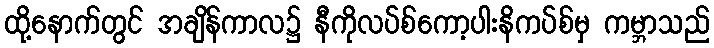
ထို့နောက်တွင် အချိန်ကာလ၌ နီကိုလပ်စ်ကော့ပါးနိကပ်စ်မှ ကမ္ဘာသည်